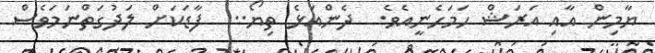
ޔާމިން އާއި އަރަޝް ހަމަހެނީއެވެ.  ދެންއަޅެ ތިޔޯ..  ފާޑަކަށް ލަދުގަތްނަމަވެސް